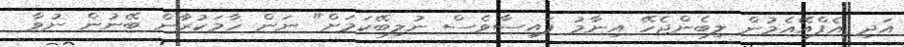
އަދި އެފްއޭއެމުން ލިބެންޖެހޭ އިނާމު ފައިސާވެސް ނުލިބޭކަމަށް" ނަން ހާމަކުރާން ބޭނުން ނުވާ